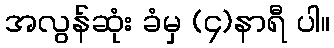
အလွန်ဆုံး ခံမှ (၄)နာရီ ပါ။